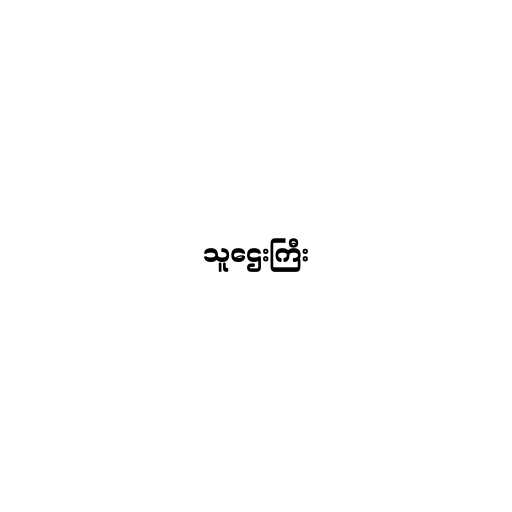
သူဌေးကြီး